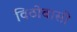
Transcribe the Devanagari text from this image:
विठोबासीं